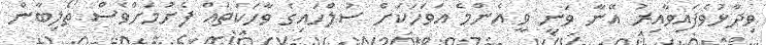
ވިދާޅުވެފައިވާއިރު އޭނާ ވަނީ ވީ އެންމެ އަވަހަކަށް ސުލްހައިގެ ވާހަކަތައް ފެށުމަށްވެސް ތޯލިބާން